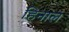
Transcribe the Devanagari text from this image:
हिनाल